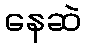
နေဆဲ